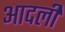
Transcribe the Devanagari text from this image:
आदली